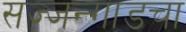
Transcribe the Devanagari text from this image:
सज्जन्गाडचा